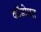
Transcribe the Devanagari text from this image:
कौडोमत